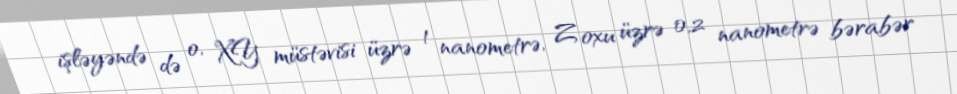
işləyəndə də o, XY müstəvisi üzrə 1 nanometrə, Z oxu üzrə 0,2 nanometrə bərabər